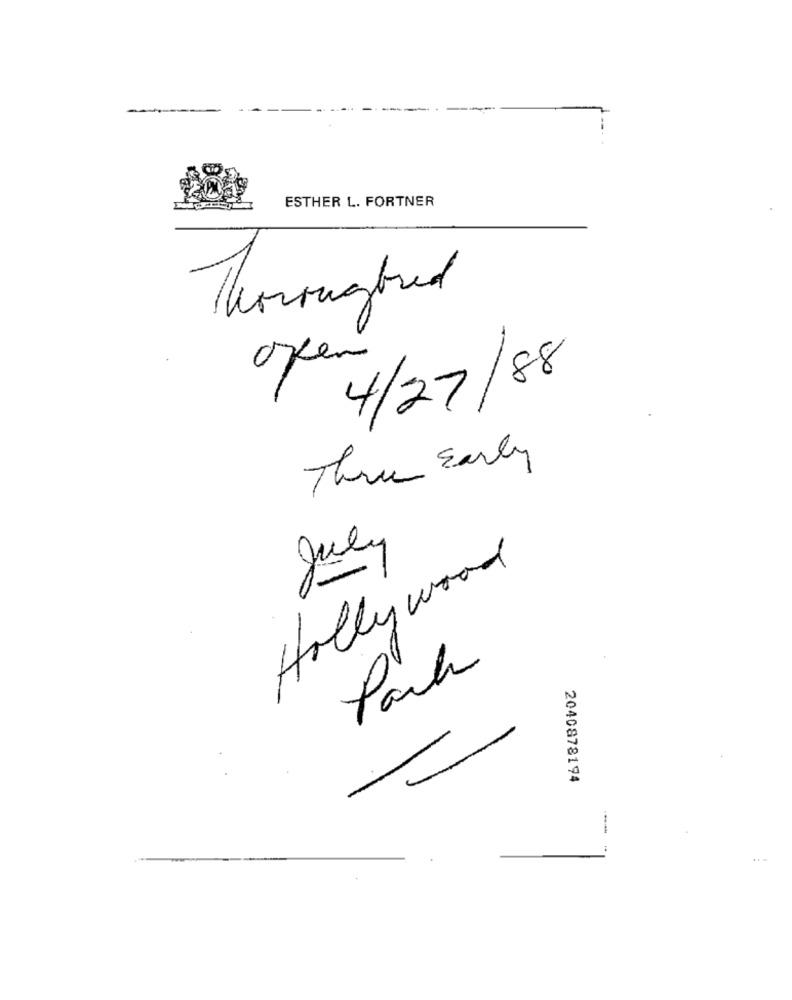
-
ESTHER L. FORTNER
Thoroughbred
open
4/27/88
There Early
July
Hollywood
2040878194
...